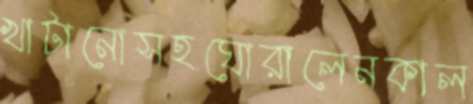
খাটানোসহঘোরালেনকাল